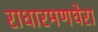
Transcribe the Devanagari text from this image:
राधारमणघेरा